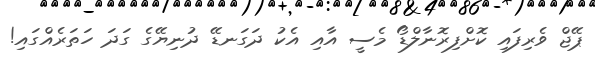
ޕޭޖް ވެރިފައި ކޮށްފިރޮނާލްޑޯ މެސީ އާއި އެކު ދަގަނޑޭ ދުނިޔޭގެ ގަދަ ހަތަރެއްގައި!